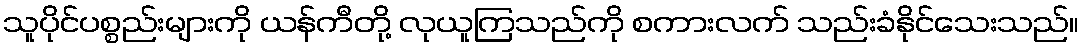
သူပိုင်ပစ္စည်းများကို ယန်ကီတို့ လုယူကြသည်ကို စကားလက် သည်းခံနိုင်သေးသည်။